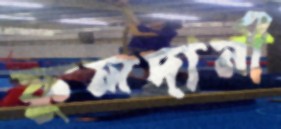
ফুলদানী